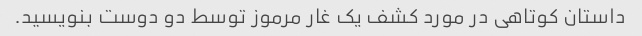
داستان کوتاهی در مورد کشف یک غار مرموز توسط دو دوست بنویسید.